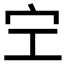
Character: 𡧇